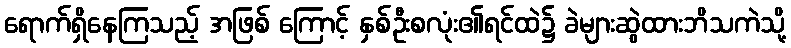
ရောက်ရှိနေကြသည့် အဖြစ် ကြောင့် နှစ်ဦးစလုံး၏ရင်ထဲ၌ ခဲများဆွဲထားဘိသကဲသို့